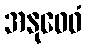
အနုဝေဓံ